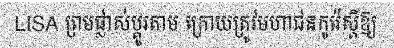
LISA ព្រមផ្លាស់ប្តូរតាម ក្រោយត្រូវមហាជនកូរ៉េស្តីឱ្យ